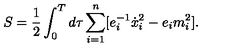
S = \frac 1 2 \int _ { 0 } ^ { T } d \tau \sum _ { i = 1 } ^ { n } [ e _ { i } ^ { - 1 } \dot { x } _ { i } ^ { 2 } - e _ { i } m _ { i } ^ { 2 } ] .